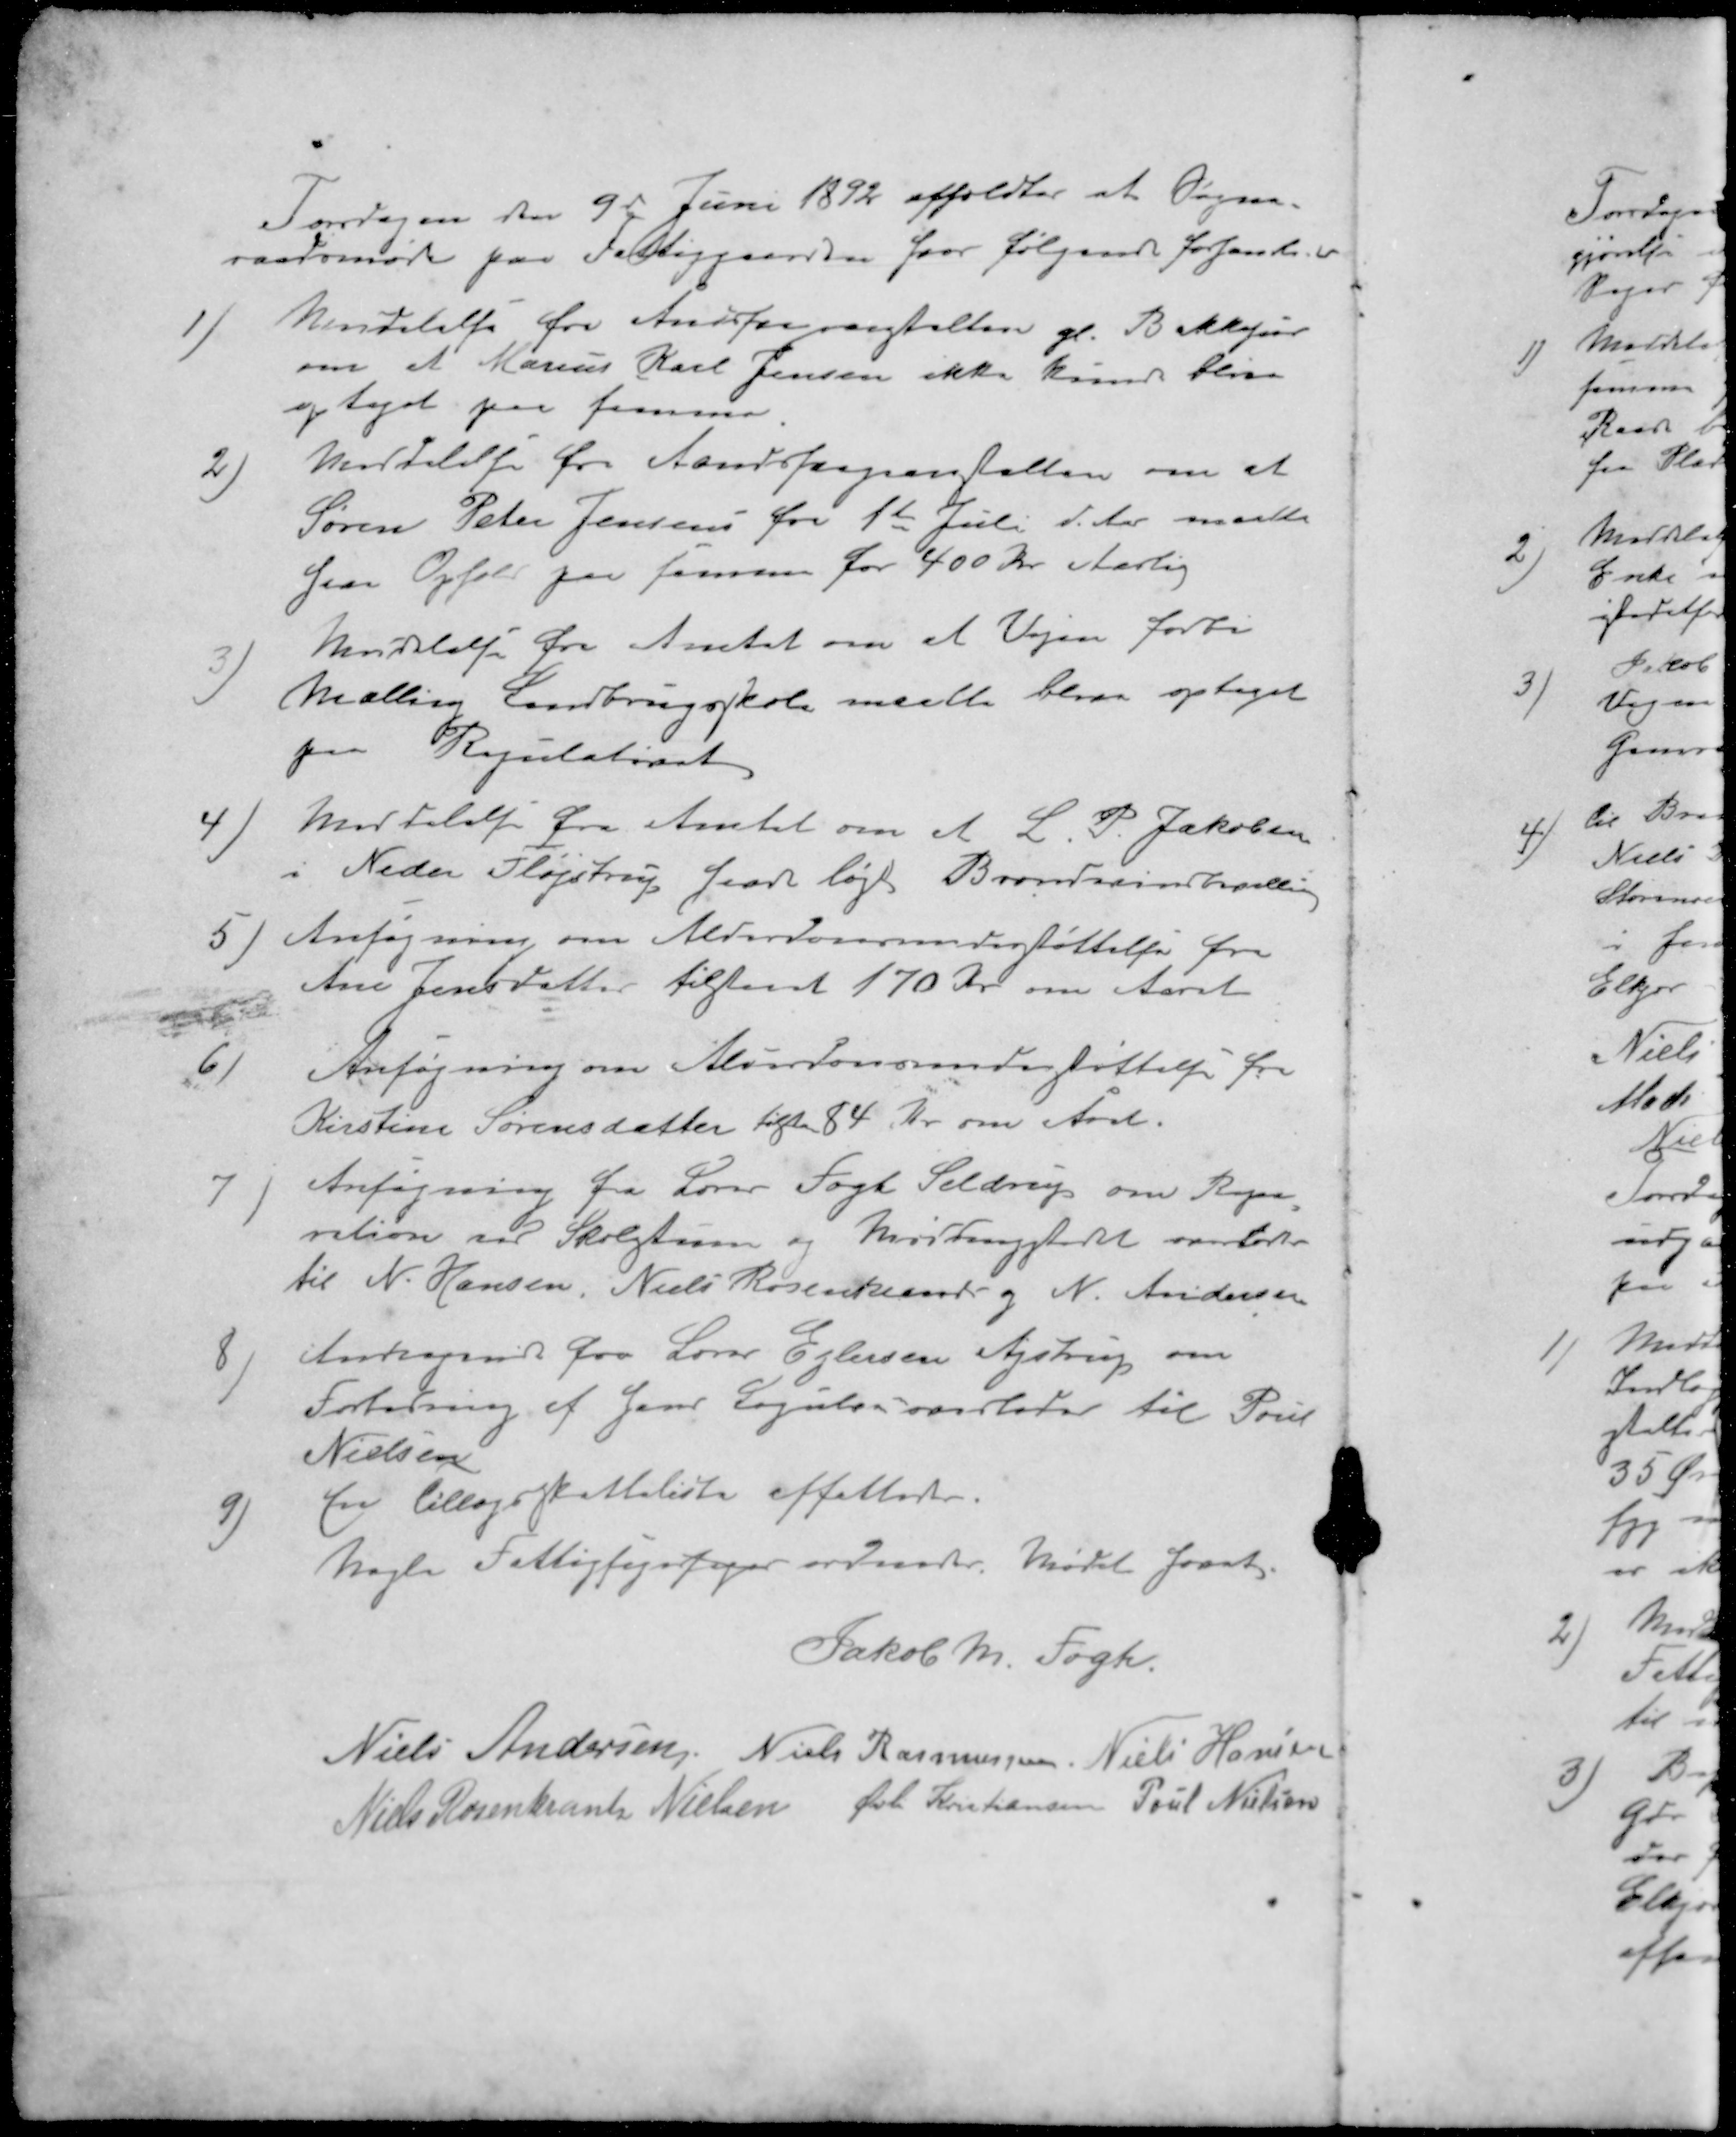
Transskription:
Torsdagen den 9de Juni 1892 afholdtes et Sogne-
raadsmøde paa Fattiggaarden hvor følgende forhandledes
1 ) Meddelelse fra Aandsvageanstalten gl. Bakkegaard
om at Marius Karl Jensen ikke kunde blive
optaget per fremover
2 ) Meddelelse fra Aandsvageantalten om at
Søren Peter Jensen fra 1te Juli d. Aar maatte
faa Ophold paa  for 400 Kr Aarlig
Meddelelse fra Amtet om at Vejen forbi
Malling Landbrugsskole maatte blive optaget
paa Regulativet
4) Meddelelse fra Amtet om et L. P. Jakobsen
i Neder Fløjstrup har søgt Brændevinsbevilling
5) Ansøgning om Alderdomsunderstøttelse fra
Ane Jensdatter tilstaaet 170 Kr om Aaret
6 ) Ansøgning om Alderdomsunderstøttelse fra
Kirstine Sørensdatter tils 84 Kr. om Amt.
7) Ansøgning fra Lærer Fogh Seldrup om Repa-
ration vil Skolestuen og  overlodes
til N. Hansen, Niels Rosenkrants og N. Andersen
8 ) Andragende fra Lærer Ejlersen Ajstrup om
Forbedring af hans Dagsløn overlodes til Poul
Nielsen
3 for tillægsskatteliste affattedes.
Nogle Fattigfogedsager ordnedes. Mødet hævet.
Jakob M. Fogh.
Niels Andersen
Niels Rasmussen
Niels Hansen
Niels Rosenkrants Nielsen
Øvli Kristiansen
Poul Nielsen